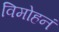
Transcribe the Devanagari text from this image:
विमोहनं